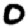
Digit: 0